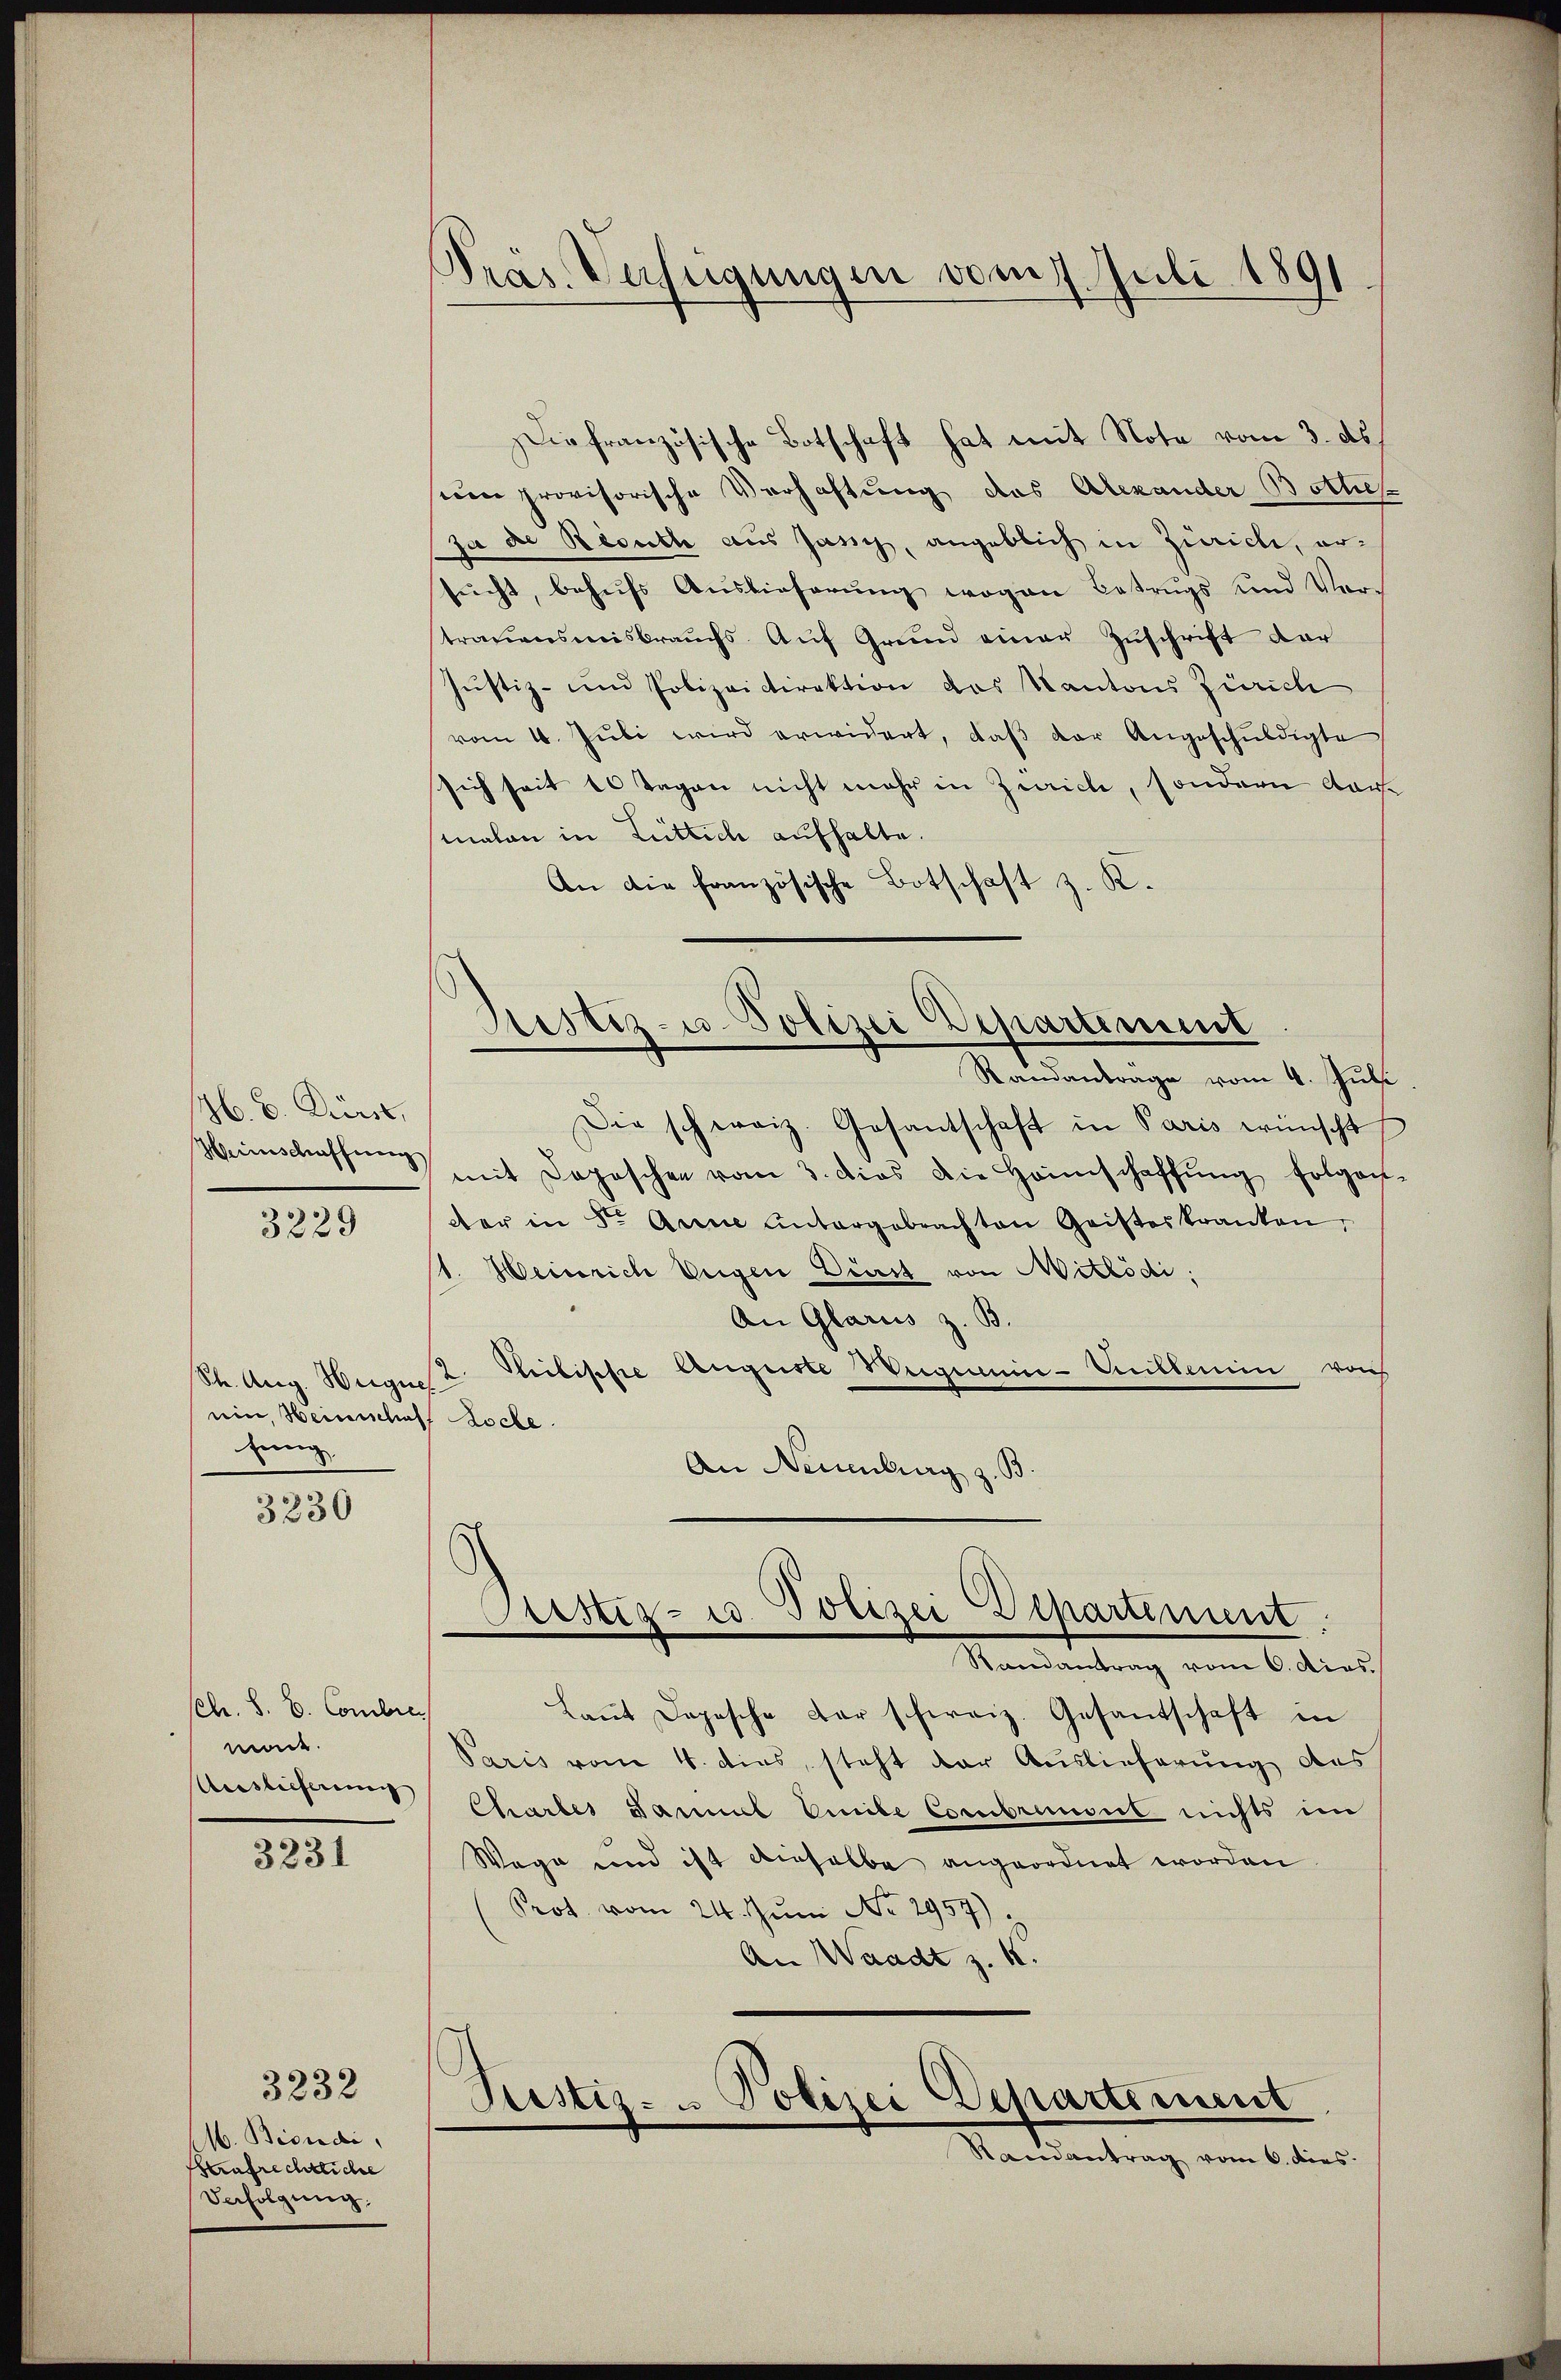
16. v. Dürst,
Heinschaffung

3229

Str. Aug. Hege
ein, Weisenscha
tung

3230

Ch. S. B. Combis
made.
Auslieferung

3231

3232
M. Bisidi
Aufrechtliche
Verfolgung.

Präs. Verfügungen vom 7. Juli 1891

Die französische Botschaft hat mit Note vom 3. ds.
um provisorische Verhaftung das Alexander Bottis
zu de Resuth aus Jassy, angeblich in Zürich, ersŭcht, behŭfs Auslieferŭng wogen Betrugs und Ver-
trauensmisbrauchs. Auf Grund einer Zuschrift dar
Justiz- und Polizeidirektion des Kantons Zürich
vom 4. Juli wird erwidert, daβ der Angeschuldigte
sich seit 10 Tagen nicht mehr in Zürich, sondern Aar-
malen in Lüttich aufhalte.
An die französische Botschaft z. R.
Justiz- u. Polizei Departement
Randantrage vom 4. Juli
Die schweiz. Gesantschaft in Paris wünscht
mit Depeschen vom 3. dies die Heimschaffŭng folgers
der in der Anne untergebrachten Geisteskranken,
1. Weinrich Weigen Dinst von Mitlödi;
An Glarus z. B.
2. Philipse Auguste Weigenie-Vuillemin noch
1 Loche.
An Neuenburg z. B.

Sistiz- u. Polizei Departiment
Mandartung vom 6. des

Laṅt Dopische Dar schweiz. Gesantschaft in
Paris vom 4. dies, steht der Auslieferung des
Charbes Saniel Emile Combrunsit nichts im
Wege und ist dieselbe angeordnet worden
Prot. vom 24. Juni No 2957).
An Waadt z. K.
Pestiz- u Polizei Departement
Samantrag vom 6. dies